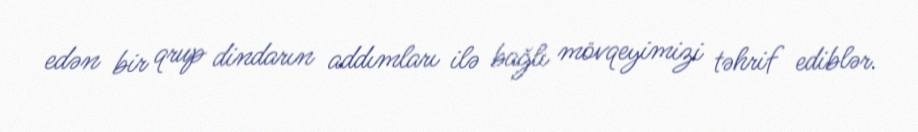
edən bir qrup dindarın addımları ilə bağlı mövqeyimizi təhrif ediblər.